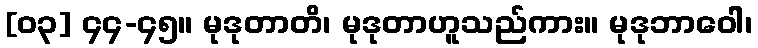
[၀၃] ၄၄-၄၅။ မုဒုတာတိ၊ မုဒုတာဟူသည်ကား။ မုဒုဘာဝေါ၊